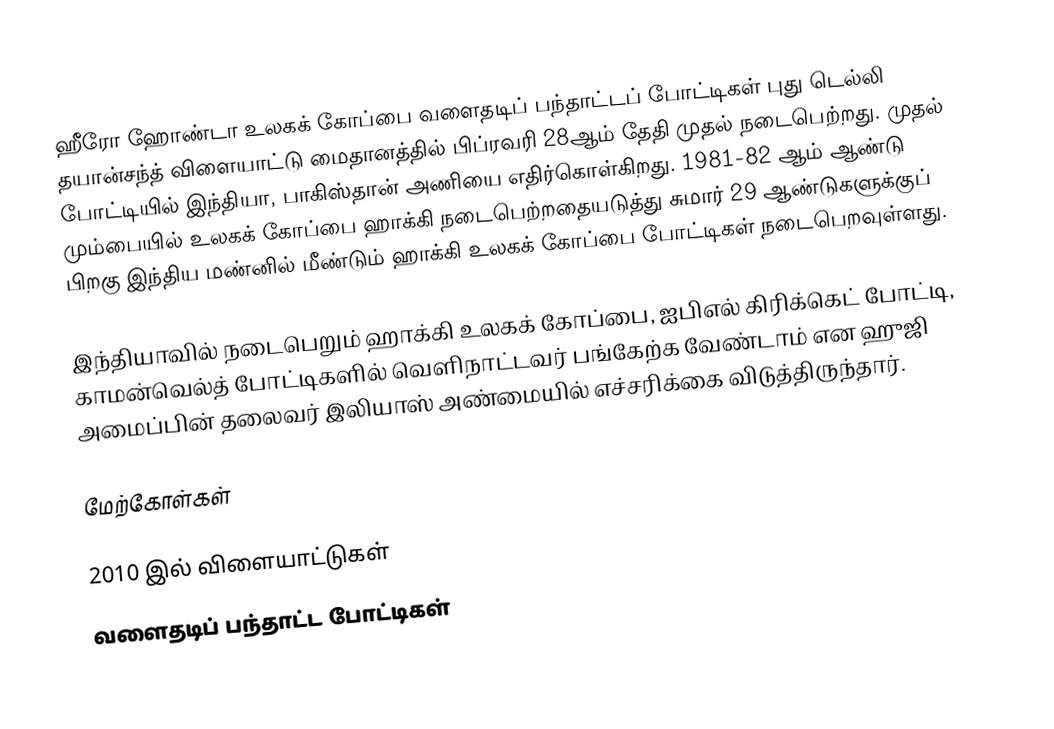
ஹீரோ ஹோண்டா உலகக் கோப்பை வளைதடிப் பந்தாட்டப் போட்டிகள் புது டெல்லி தயான்சந்த் விளையாட்டு மைதானத்தில் பிப்ரவரி 28ஆம் தேதி முதல் நடைபெற்றது. முதல் போட்டியில் இந்தியா, பாகிஸ்தான் அணியை எதிர்கொள்கிறது. 1981-82 ஆம் ஆண்டு மும்பையில் உலகக் கோப்பை ஹாக்கி நடைபெற்றதையடுத்து சுமார் 29 ஆண்டுகளுக்குப் பிறகு இந்திய மண்னில் மீண்டும் ஹாக்கி உலகக் கோப்பை போட்டிகள் நடைபெறவுள்ளது.

இந்தியாவில் நடைபெறும் ஹாக்கி உலகக் கோப்பை, ஐபிஎல் கிரிக்கெட் போட்டி, காமன்வெல்த் போட்டிகளில் வெளிநாட்டவர் பங்கேற்க வேண்டாம் என ஹுஜி அமைப்பின் தலைவர் இலியாஸ் அண்மையில் எச்சரிக்கை விடுத்திருந்தார்.

மேற்கோள்கள்

2010 இல் விளையாட்டுகள்
வளைதடிப் பந்தாட்ட போட்டிகள்